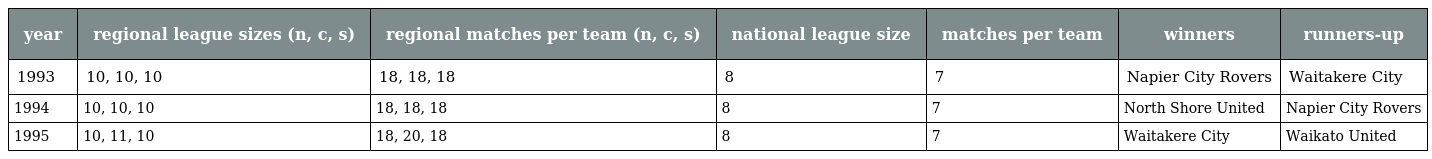
| year | regional league sizes (n, c, s) | regional matches per team (n, c, s) | national league size | matches per team | winners | runners-up |
 | --- | --- | --- | --- | --- | --- | --- |
 | 1993 | 10, 10, 10 | 18, 18, 18 | 8 | 7 | Napier City Rovers | Waitakere City |
 | 1994 | 10, 10, 10 | 18, 18, 18 | 8 | 7 | North Shore United | Napier City Rovers |
 | 1995 | 10, 11, 10 | 18, 20, 18 | 8 | 7 | Waitakere City | Waikato United |